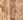
رآها